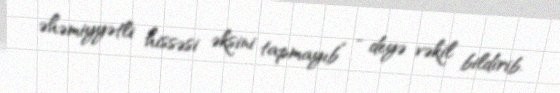
əhəmiyyətli hissəsi əksini tapmayıb” - deyə vəkil bildirib.